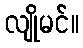
လျိုမင်။